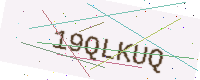
Text: 19QLKUQ